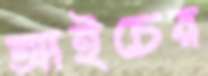
আইচের